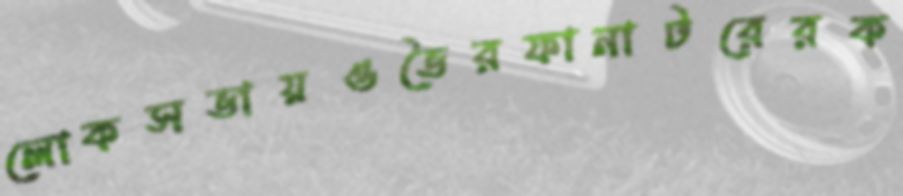
লোকসভায়ওভৈরফানাটরেরক